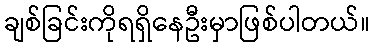
ချစ်ခြင်းကိုရရှိနေဦးမှာဖြစ်ပါတယ်။